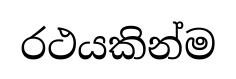
රථයකින්ම